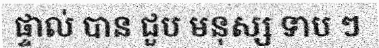
ផ្ទាល់ បាន ជួប មនុស្ស ទាប ៗ